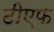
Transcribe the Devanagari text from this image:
टीएफ